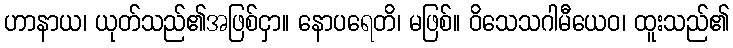
ဟာနာယ၊ ယုတ်သည်၏အဖြစ်ငှာ။ နောပရေတိ၊ မဖြစ်။ ဝိသေသဂါမီယေဝ၊ ထူးသည်၏